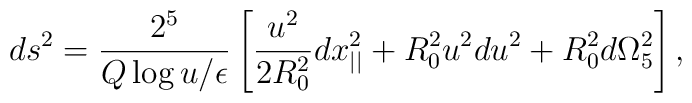
ds^2= {2^5\over Q \log{u/\epsilon}} \left[  {u^2\over 2 R_0^2}  dx_{||}^2+ R_0^2 u^2du^2 +  R_0^2 d\Omega_5^2  \right],